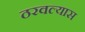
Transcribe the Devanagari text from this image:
ठरवल्यास